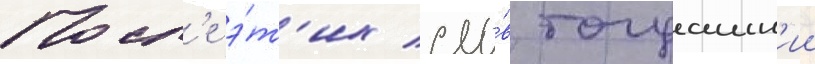
Посл'е э́т'их сло́в тогдашн'ии